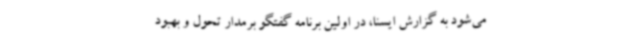
می‌شود به گزارش ایسنا، در اولین برنامه گفتگو برمدار تحول و بهبود